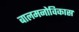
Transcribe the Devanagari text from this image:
बालमनोविकास